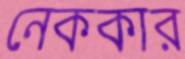
নেককার